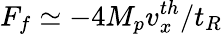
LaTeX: F_{f}\simeq-4M_{p}v_{x}^{th}/t_{R}